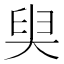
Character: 𡘩